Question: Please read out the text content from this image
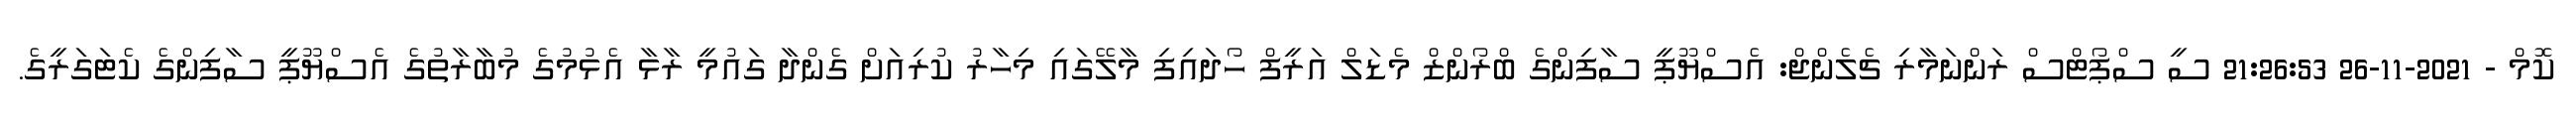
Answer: ކޮމް - 2021-11-26 21:26:53 ސީ ސްޕޯޓްސް ރަންނަމާރި ޗެލެންޖް: އެސްޔޫޕީ ސާފިންގެ ބްރޯންޒް މެޑަލް އަރީފް ހޯދައިފި މާލޭގައި މިހާރު ކުރިއަށް ގެންދާ ގައުމީ ރާޅާ އެޅުމުގެ މުބާރާތުގެ އެސްޔޫޕީ ސާފިންގެ ކެޓަގަރީގެ.